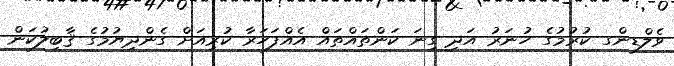
ވެލްޑިންގ ކުރުމުގެ ހުނަރު އަދި ގިނަ ކަންތައްތައް އެއްފަހަރާ ކުރިއަށް ގެންދިޔުމުގެ ޤާބިލުކަން